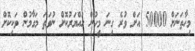
މިހާތަނަށް 50000 އަށް ވުރެ ގިނަ މީހުން ހައްޔަރުކޮށް ނުވަތަ މަގާމުން ވަކިކޮށް